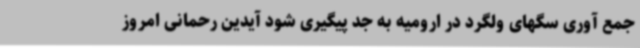
جمع آوری سگهای ولگرد در ارومیه به جد پیگیری شود آیدین رحمانی امروز